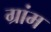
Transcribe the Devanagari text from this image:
ग्रांम